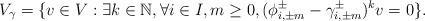
LaTeX: \begin{align*}V_{\gamma} = \{v\in V : \exists k\in \mathbb{N}, \forall i \in I, m \geq 0, (\phi_{i, \pm m}^{\pm} - \gamma_{i, \pm m}^{\pm})^{k} v =0 \}.\end{align*}